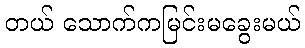
တယ် သောက်ကမြင်းမခွေးမယ်